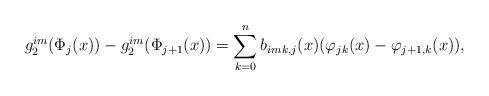
LaTeX: \begin{align*}g_2^{im}(\Phi_j(x))-g_2^{im}(\Phi_{j+1}(x))=\sum_{k=0}^nb_{imk,j}(x)(\varphi_{jk}(x)-\varphi_{j+1,k}(x)),\end{align*}